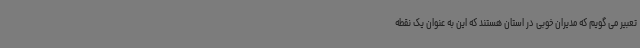
تعبیر می گویم که مدیران خوبی در استان هستند که این به عنوان یک نقطه